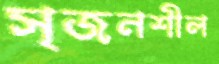
সৃজনশীল